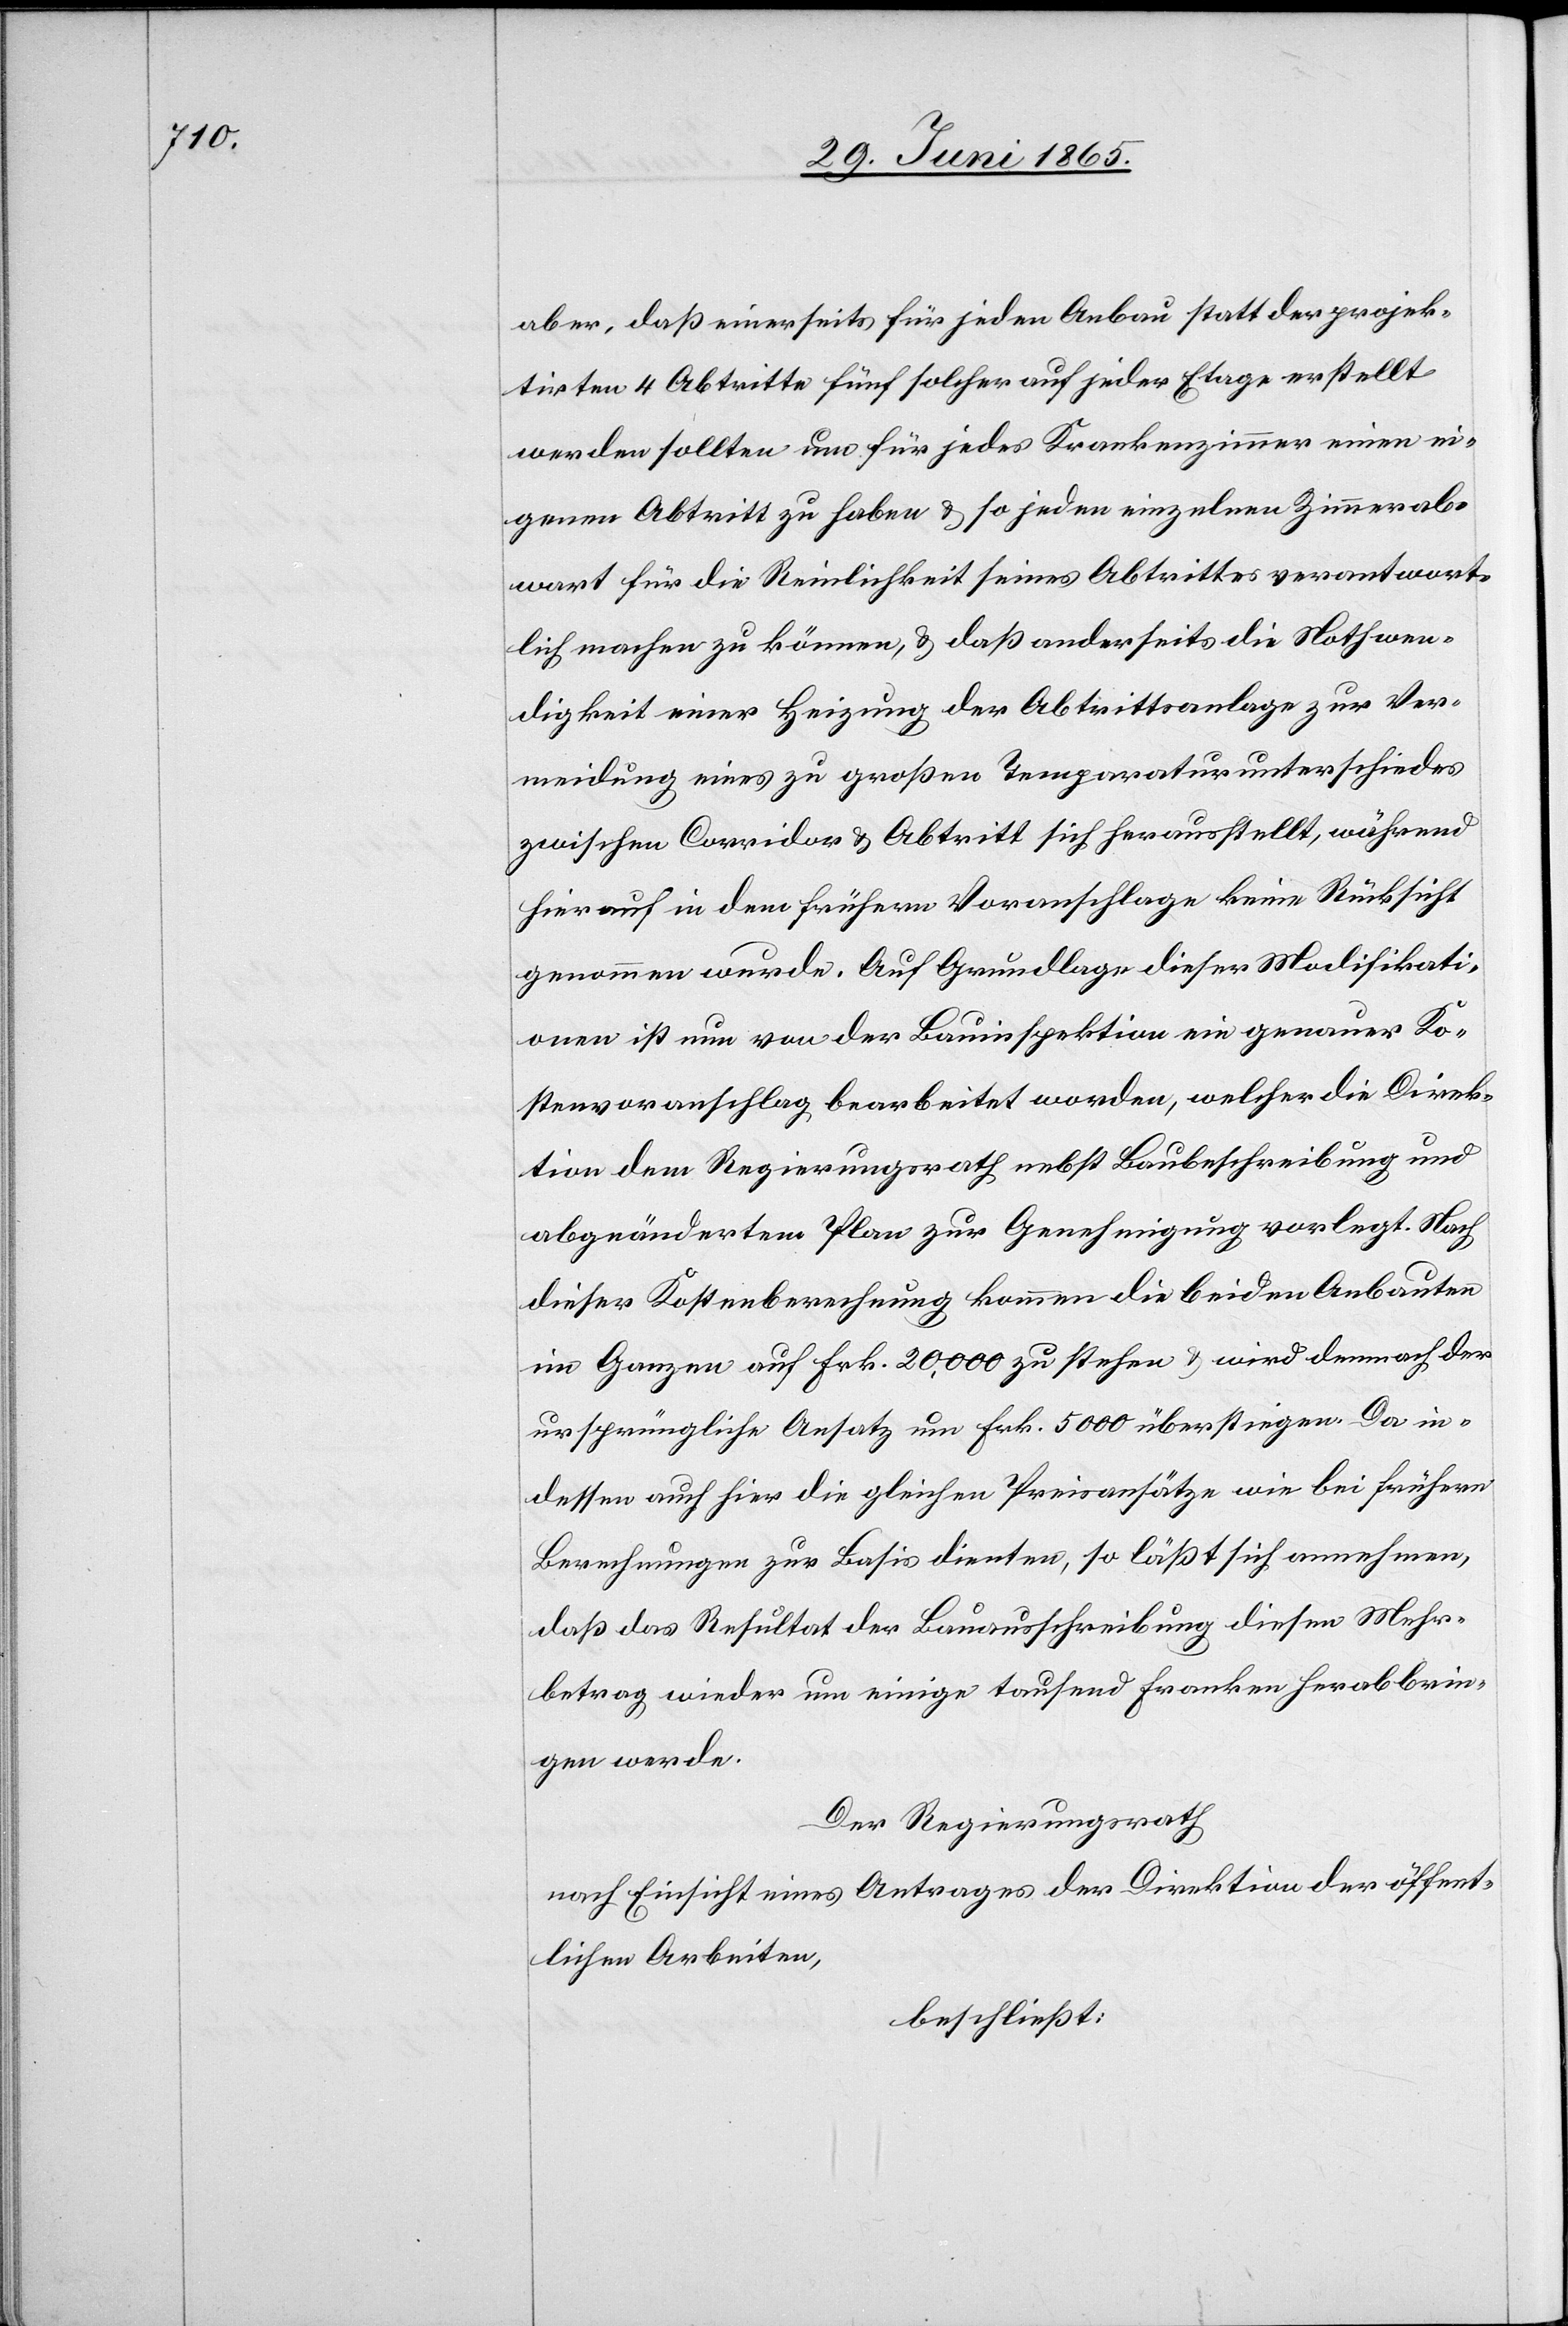
aber, daß einerseits für jeden Anbau statt der projek¬
tirten 4 Abtritte fünf solcher auf jeder Etage erstellt
werden sollten um für jedes Krankenzimmer einen ei¬
genen Abtritt zu haben & so jeden einzelnen Zimmerab¬
wart für die Reinlichkeit seines Abtrittes verantwort¬
lich machen zu können, & daß anderseits die Nothwen¬
digkeit einer Heizung der Abtrittsanlage zur Ver¬
meidung eines zu großen Temparaturunterschiedes
zwischen Corridor & Abtritt sich herausstellt, während
hierauf in dem frühern Voranschlage keine Rücksicht
genommen wurde. Auf Grundlage dieser Modifikati¬
onen ist nun von der Bauinspektion ein genauer Ko¬
stenvoranschlag bearbeitet worden, welcher die Direk¬
tion dem Regierungsrath nebst Baubeschreibung und
abgeändertem Plan zur Genehmigung vorlegt. Nach
dieser Kostenberechnung kommen die beiden Anbauten
im Ganzen auf Frk. 20,000 zu stehen & wird demnach der
ursprüngliche Ansatz um Frk. 5000 überstiegen. Da in¬
dessen auch hier die gleichen Preisansätze wie bei frühern
Berechnungen zur Basis dienten, so läßt sich annehmen,
daß das Resultat der Bauausschreibung diesen Mehr¬
betrag wieder um einige tausend Franken herabbrin¬
gen werde.
Der Regierungsrath
nach Einsicht eines Antrages der Direktion der öffent¬
lichen Arbeiten
beschließt: